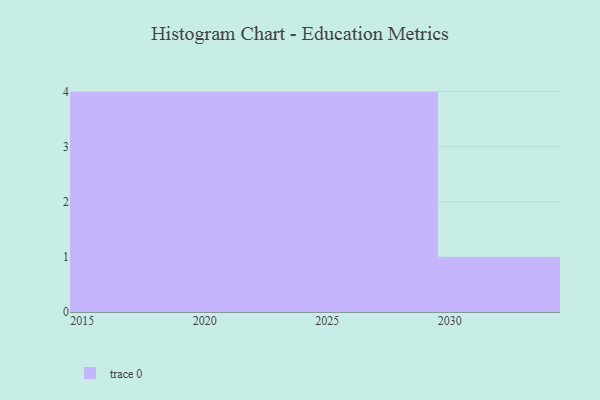
{"axis": {"x": "Year", "y": "Market Share (%)"}, "legend": [""], "data": [{"x": "2029", "y": 74, "type": ""}, {"x": "2025", "y": 88, "type": ""}, {"x": "2021", "y": 20, "type": ""}, {"x": "2018", "y": 21, "type": ""}, {"x": "2019", "y": 26, "type": ""}, {"x": "2015", "y": 12, "type": ""}, {"x": "2020", "y": 68, "type": ""}, {"x": "2024", "y": 48, "type": ""}, {"x": "2028", "y": 30, "type": ""}, {"x": "2030", "y": 80, "type": ""}, {"x": "2027", "y": 89, "type": ""}, {"x": "2017", "y": 85, "type": ""}, {"x": "2022", "y": 41, "type": ""}]}